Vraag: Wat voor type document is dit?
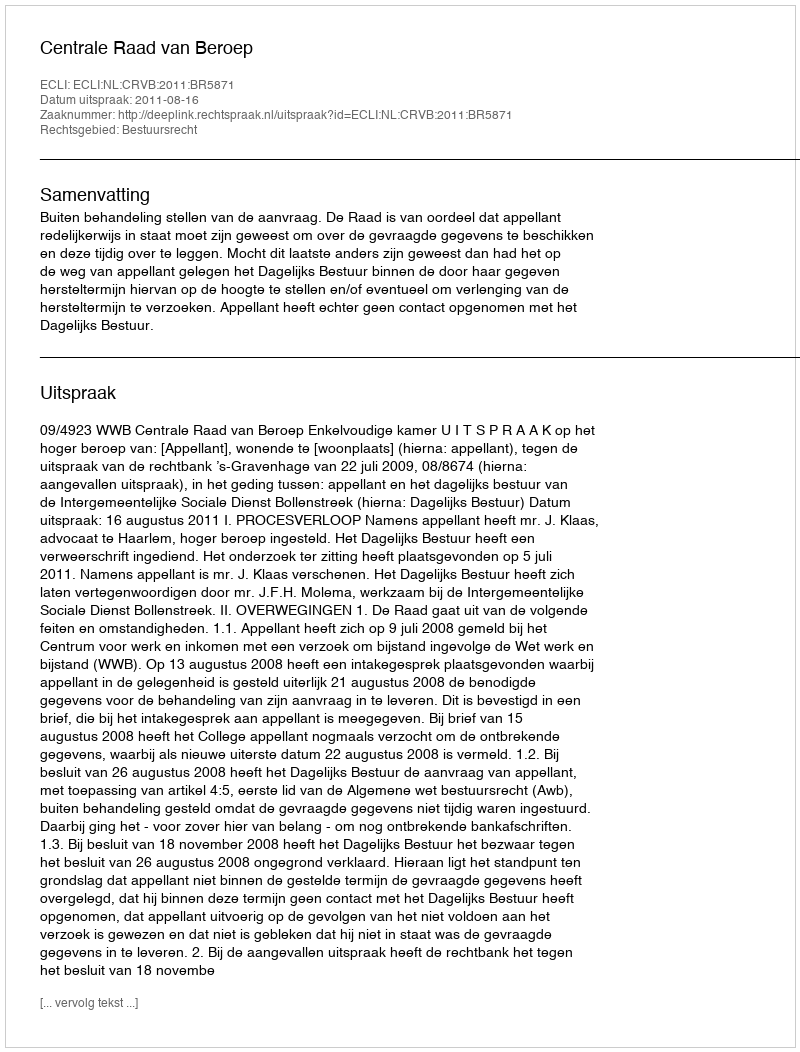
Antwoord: Uitspraak